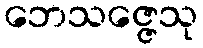
ဘေသဇ္ဇေသု